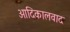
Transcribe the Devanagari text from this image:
आदिकालवाद